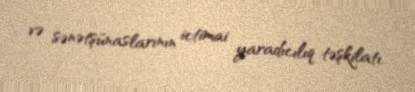
və sənətşünaslarının ictimai yaradıcılıq təşkilatı.